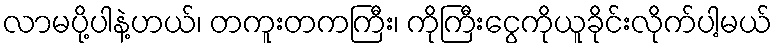
လာမပို့ပါနဲ့ဟယ်၊ တကူးတကကြီး၊ ကိုကြီးငွေကိုယူခိုင်းလိုက်ပါ့မယ်